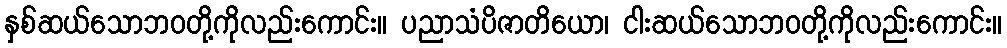
နှစ်ဆယ်သောဘဝတို့ကိုလည်းကောင်း။ ပညာသံပိဇာတိယော၊ ငါးဆယ်သောဘဝတို့ကိုလည်းကောင်း။